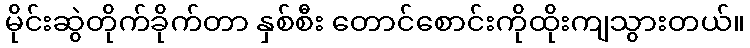
မိုင်းဆွဲတိုက်ခိုက်တာ နှစ်စီး တောင်စောင်းကိုထိုးကျသွားတယ်။